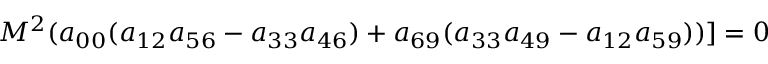
M ^ { 2 } ( a _ { 0 0 } ( a _ { 1 2 } a _ { 5 6 } - a _ { 3 3 } a _ { 4 6 } ) + a _ { 6 9 } ( a _ { 3 3 } a _ { 4 9 } - a _ { 1 2 } a _ { 5 9 } ) ) ] = 0